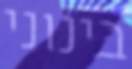
בינוני